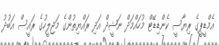
އެމްޑީޕީގެ ރިޔާސީ ކެންޑިޑޭޓް މުހައްމަދް ނަޝީދް އަދި ރައްޔިތުންގެ މަޖިލީހުގެ ރައީސް އަބުދު